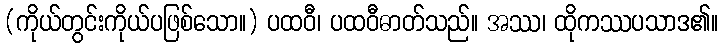
(ကိုယ်တွင်းကိုယ်ပဖြစ်သော။) ပထဝီ၊ ပထဝီဓာတ်သည်။ အဿ၊ ထိုကဿပသာဒ၏။